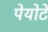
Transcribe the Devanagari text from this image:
पेयोटे